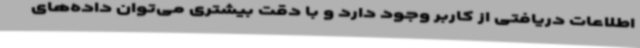
اطلاعات دریافتی از کاربر وجود دارد و با دقت بیشتری می‌توان داده‌های